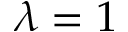
\lambda = 1